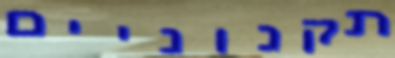
תקנוניים